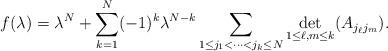
LaTeX: \begin{align*}f(\lambda)=\lambda^N+\sum_{k=1}^{N}(-1)^k\lambda^{N-k}\sum_{1\le j_1<\cdots<j_k\le N}\underset{1\le \ell,m\le k}{{\rm det}}(A_{j_\ell j_m}).\end{align*}